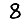
Digit: 8